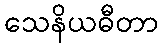
သေနိယဓီတာ